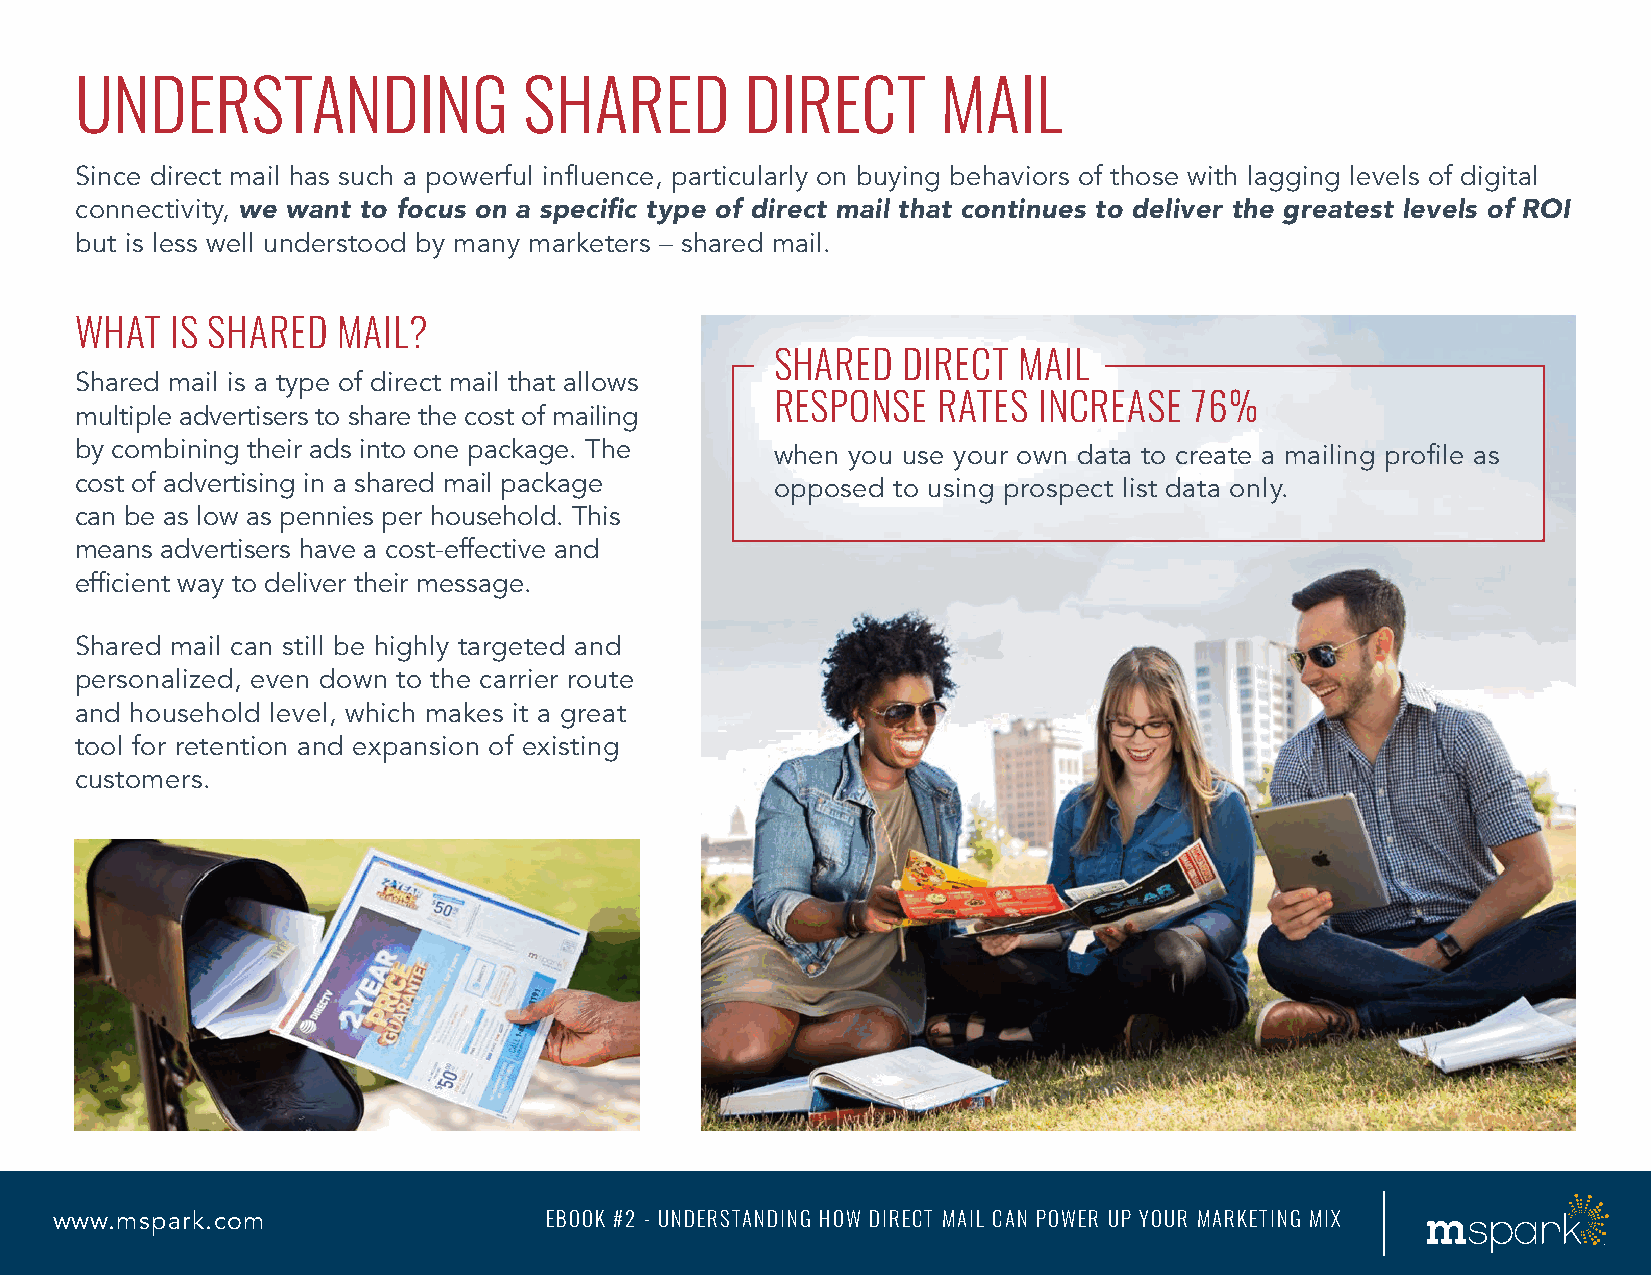
UNDERSTANDING                 SHARED        DIRECT       MAIL
 Since direct mail has such a powerful influence, particularly on buying behaviors of those with lagging levels of digital
 connectivity, we want to focus on a specific type of direct mail that continues to deliver the greatest levels of ROI
 but is less well understood by many marketers – shared mail.
 WHAT  IS SHARED  MAIL?
 SHARED   DIRECT MAIL
 Shared mail is a type of direct mail that allows
 RESPONSE   RATES  INCREASE  76%
 multiple advertisers to share the cost of mailing
 by combining their ads into one package. The  when you use your own data to create a mailing profile as
 cost of advertising in a shared mail package  opposed to using prospect list data only.
 can be as low as pennies per household. This
 means advertisers have a cost-effective and
 efficient way to deliver their message.
 Shared mail can still be highly targeted and
 personalized, even down to the carrier route
 and household level, which makes it a great
 tool for retention and expansion of existing
 customers.
 www.mspark.com                   EBOOK #2 - UNDERSTANDING HOW DIRECT MAIL CAN POWER UP YOUR MARKETING MIX